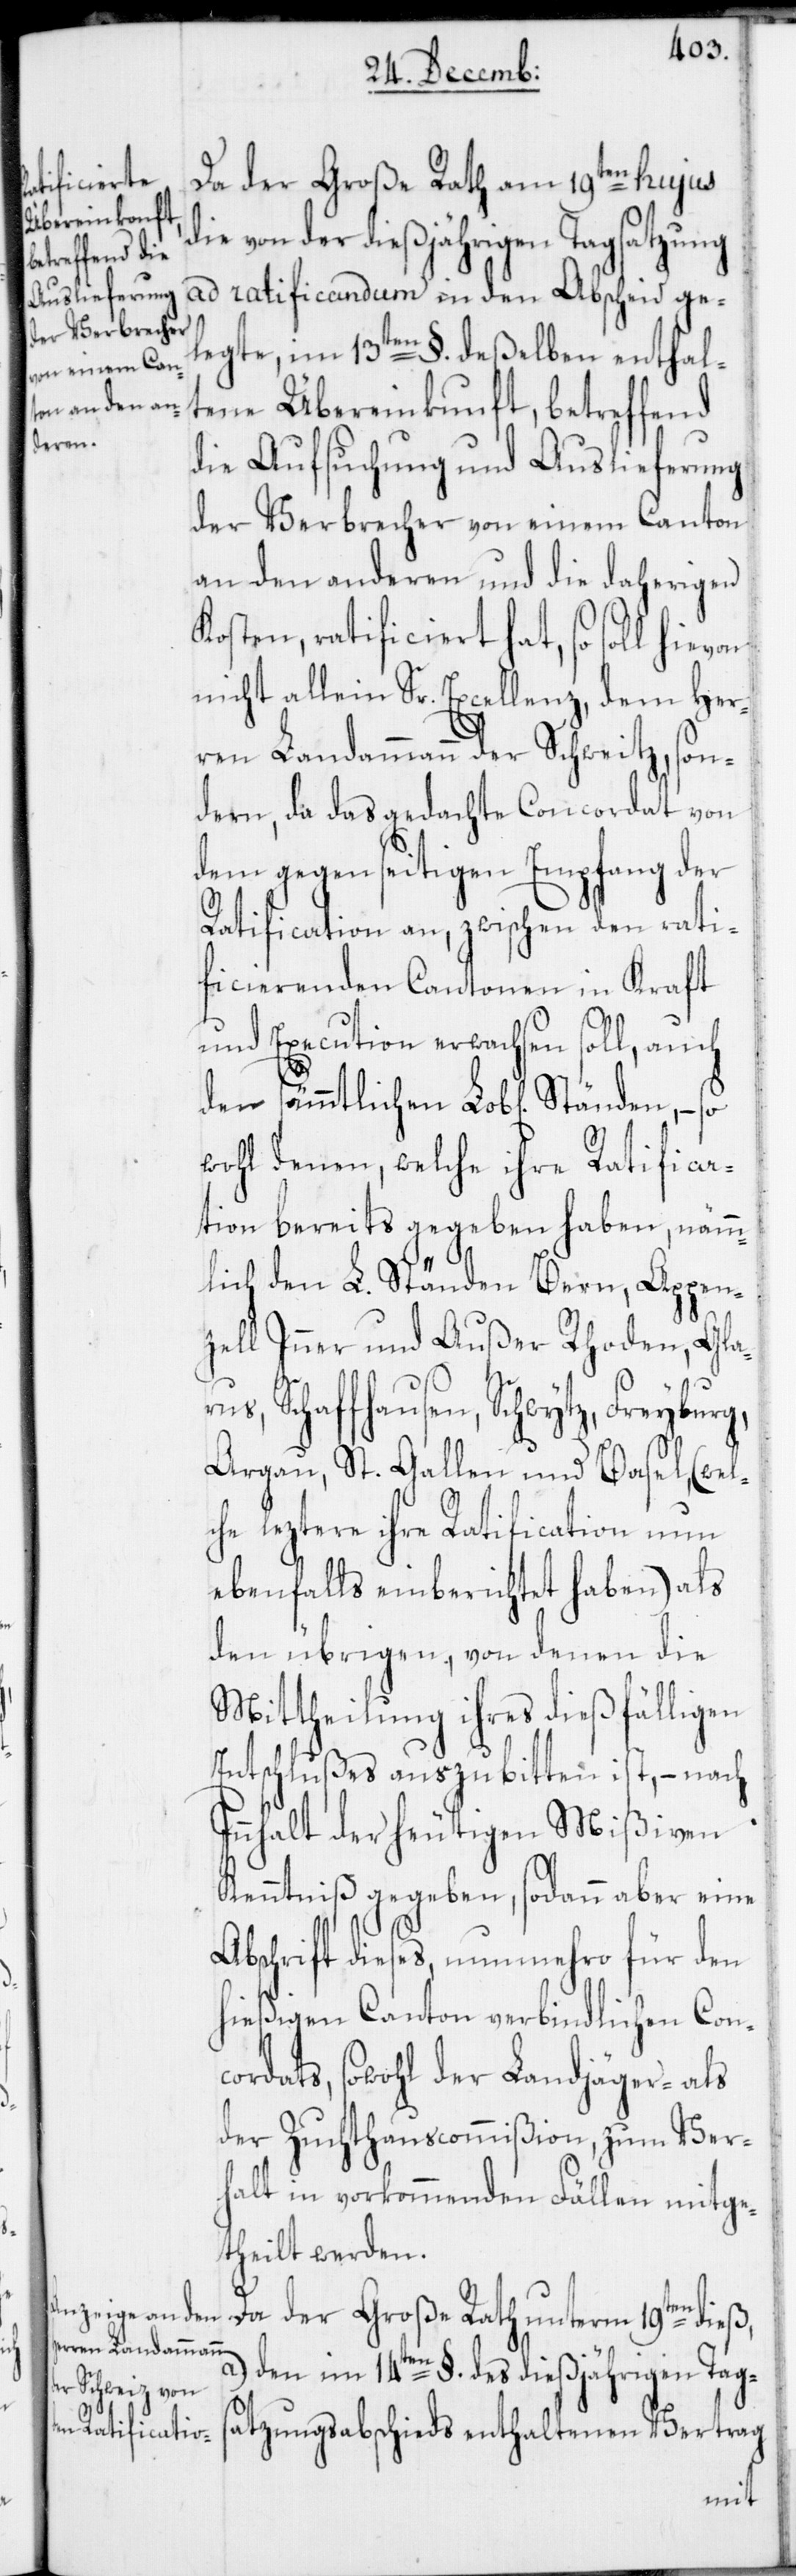
Da der Große Rath am 19ten hujus
die von der dießjährigen Tagsatzung
ad ratificandum in den Abscheid ge¬
legte, im 13ten §. deßelben enthalt¬
ene Übereinkunft, betreffend
die Aufsuchung und Auslieferung
der Verbrecher von einem Canton
an den anderen und die daherigen
Kosten, ratificiert hat, so soll
nicht allein Sr. Excellenz, dem Her¬
ren Landammann der Schweitz, son¬
dern, da das gedachte Concordat von
dem gegenseitigen Empfang der
Ratification an, zwischen den rati¬
ficierenden Cantonen in Kraft
und Execution erwachsen soll, auch
us,
wohl denen, welche ihre Ratifica¬
tion bereits gegeben haben, nämm¬
lich den L. Ständen Bern, Appen¬
zell Inner und Außer Rhoden, Glar¬
Schaffhausen, Schwytz, Freybu¬
Argau, St. Gallen und Basel, (wel¬
che leztere ihre Ratification nun
ebenfalls einberichtet haben) als
den übrigen, von denen die
Mittheilung ihres dießfälligen
Entschlußes auszubitten ist, – nach
Innhalt der heutigen Mißiven
Kenntniß gegeben, sodann aber eine
Abschrift dieses, nunmehro für den
hießigen Canton verbindlichen Con¬
cordats, sowohl der Landjäger- als
der Zuchthauscommißion, zum Ver¬
halt in vorkommenden Fällen mitge¬
theilt werden.
rg,
Da der Große Rath unterm 19ten dieß,
a.) Den im 14ten §. des dießjährigen Tags¬
atzungsabschieds enthaltenen Vertrag